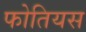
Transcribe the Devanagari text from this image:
फोतियस